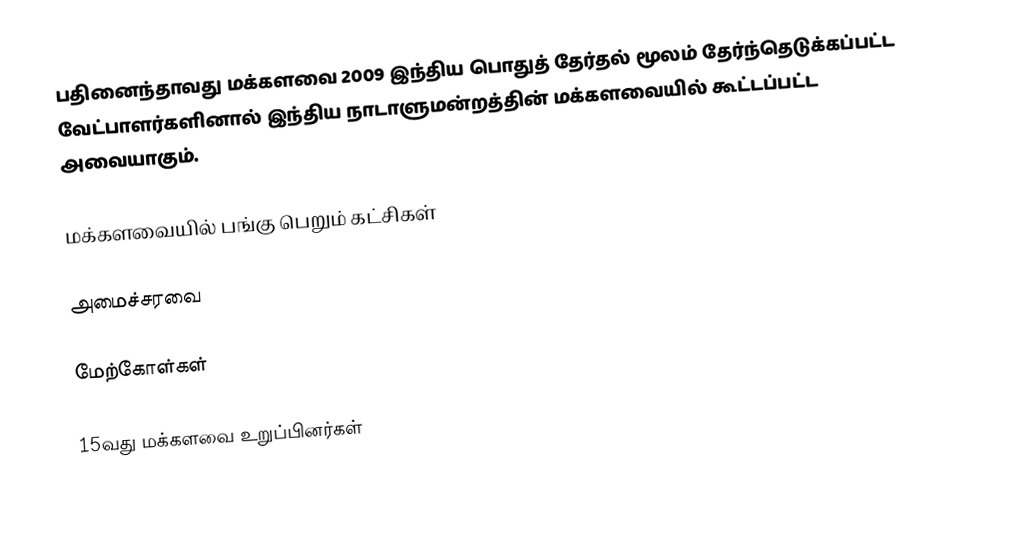
பதினைந்தாவது மக்களவை 2009 இந்திய பொதுத் தேர்தல் மூலம் தேர்ந்தெடுக்கப்பட்ட வேட்பாளர்களினால் இந்திய நாடாளுமன்றத்தின் மக்களவையில் கூட்டப்பட்ட அவையாகும்.

மக்களவையில் பங்கு பெறும் கட்சிகள்

அமைச்சரவை

மேற்கோள்கள்

15வது மக்களவை உறுப்பினர்கள்